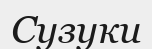
Сузуки